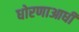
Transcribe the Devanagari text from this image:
धोरणाआधी